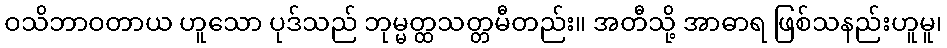
ဝသိဘာဝတာယ ဟူသော ပုဒ်သည် ဘုမ္မတ္ထသတ္တမီတည်း။ အတီသို့ အာဓာရ ဖြစ်သနည်းဟူမူ၊